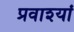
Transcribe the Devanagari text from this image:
प्रवाश्यां